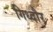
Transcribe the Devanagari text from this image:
गिध्दौर